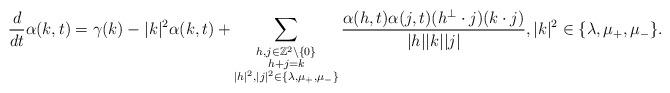
LaTeX: \begin{align*}\frac{d}{dt}\alpha(k,t)=\gamma(k)-|k|^2\alpha(k,t)+\sum_{\substack{h,j \in \mathbb{Z}^2\setminus\{0\}\\h+j=k\\ |h|^2,|j|^2 \in \{\lambda, \mu_+,\mu_-\}}}\frac{\alpha(h,t)\alpha(j,t)(h^{\perp}\cdot j)(k\cdot j)}{|h||k||j|}, |k|^2 \in \{\lambda, \mu_+,\mu_-\}.\end{align*}